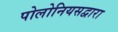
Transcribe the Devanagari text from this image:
पोलोनियसद्वारा